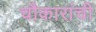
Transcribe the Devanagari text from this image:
चौकारांची